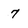
Character: 7